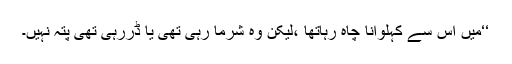
‘‘میں اس سے کہلوانا چاہ رہاتھا ،لیکن وہ شرما رہی تھی یا ڈررہی تھی پتہ نہیں۔